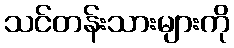
သင်တန်းသားများကို